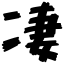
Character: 凄